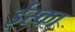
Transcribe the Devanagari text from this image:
ईस्का